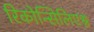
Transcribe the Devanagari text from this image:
रिकोन्सिलिएश्न